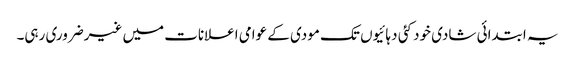
یہ ابتدائی شادی خود کئی دہائیوں تک مودی کے عوامی اعلانات میں غیرضروری رہی۔